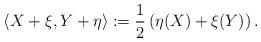
LaTeX: \begin{align*}\langle X + \xi, Y + \eta \rangle := \frac{1}{2} \left( \eta(X) + \xi(Y) \right).\end{align*}